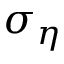
\sigma _ { \eta }